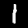
Digit: 1